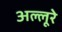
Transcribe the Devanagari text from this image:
अल्लूरे